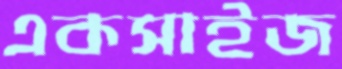
একসাইজ